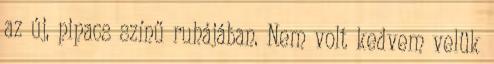
az új, pipacs színű ruhájában. Nem volt kedvem velük